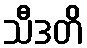
သီဒတိ